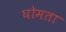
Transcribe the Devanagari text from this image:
घोमता